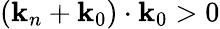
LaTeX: (\mathbf{k}_{n}+\mathbf{k}_{0})\cdot\mathbf{k}_{0}>0